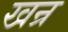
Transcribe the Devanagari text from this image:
खन्र